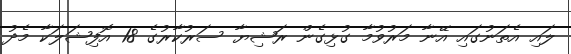
ލައި އެތަނުގައި އޭނާ މަރުވުމާ ގުޅިގެން ރަޝިޔާ ސަރުކާރުގެ 18 އޮފިޝަލަކާ މެދު